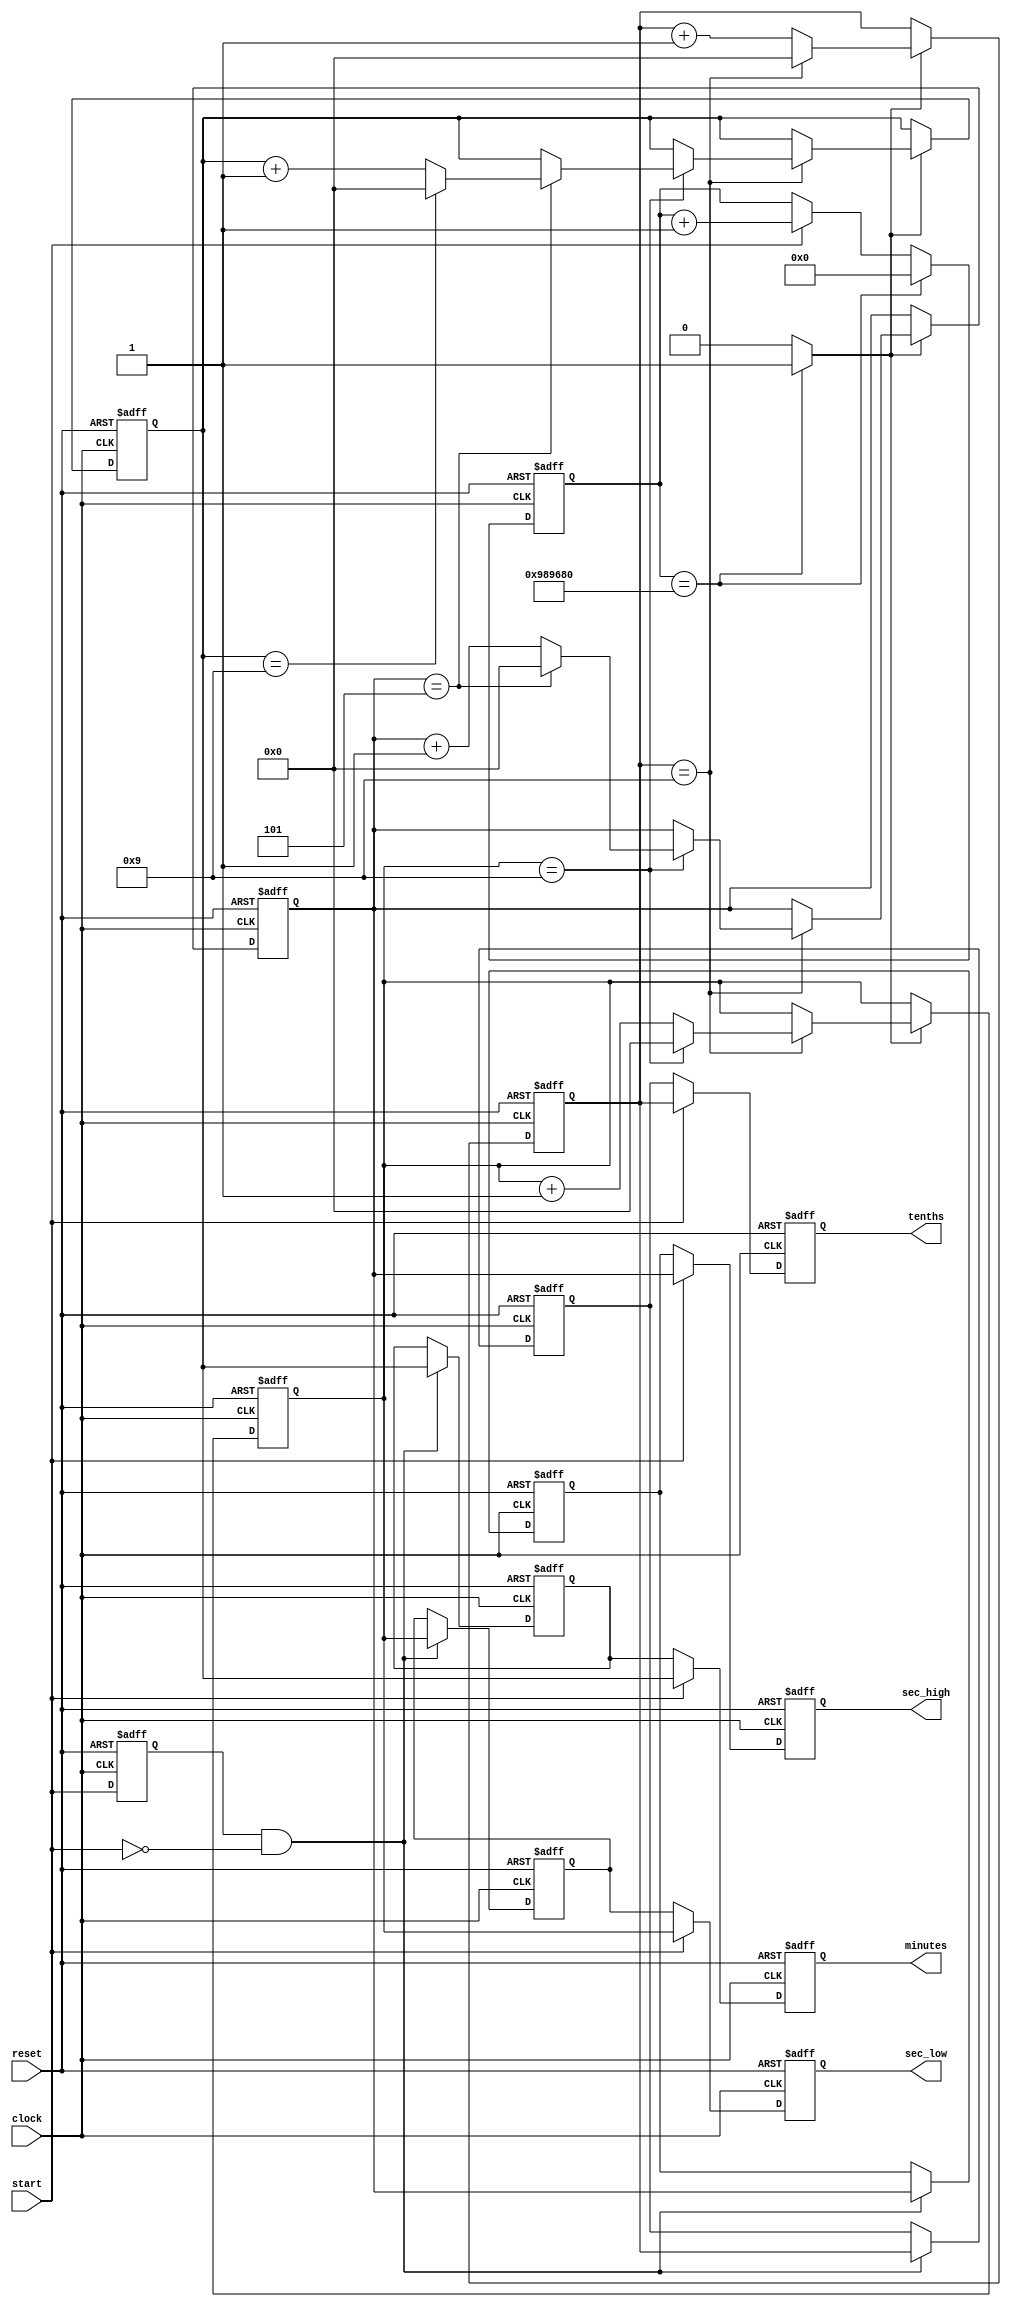
`timescale 1ns / 1ps

//////////////////////////////////////////////////////////////////////////////////
//
// Module Name: Stopwatch
//
// Additional Comments:
// https://simplefpga.blogspot.com/2012/07/to-code-stopwatch-in-verilog.html
//////////////////////////////////////////////////////////////////////////////////

module Stopwatch(
    input clock,
    input reset,
    input start,
    output reg [3:0] minutes, // M
    output reg [3:0] sec_high, // First S
    output reg [3:0] sec_low,  // Second S
    output reg [3:0] tenths    // d
);

reg [3:0] reg_d0, reg_d1, reg_d2, reg_d3; // Registers for individual digits
reg [23:0] ticker; // 24-bit Ticker for 0.1 second intervals
wire click;
reg start_prev;

reg [3:0] latched_minutes, latched_sec_high, latched_sec_low, latched_tenths;

// Detect the negative edge of the start signal
always @(posedge clock or posedge reset) begin
    if (reset) begin
        start_prev <= 1'b0;
    end else begin
        start_prev <= start;
    end
end

// Latch the current time when start signal goes from high to low
always @(posedge clock or posedge reset) begin
    if (reset) begin
        latched_minutes <= 0;
        latched_sec_high <= 0;
        latched_sec_low <= 0;
        latched_tenths <= 0;
    end else if (start_prev && !start) begin
        // Latch the time values
        latched_minutes <= reg_d3;
        latched_sec_high <= reg_d2;
        latched_sec_low <= reg_d1;
        latched_tenths <= reg_d0;
    end
end

// Mod 10M clock to generate a tick every 0.1 second
always @(posedge clock or posedge reset) begin
    if(reset) begin
        ticker <= 0;
    end else if(ticker == 10000000) // (100Mhz = 10000000)
        ticker <= 0;
    else if(start)
        ticker <= ticker + 1;
end

assign click = (ticker == 10000000) ? 1'b1 : 1'b0; // (100Mhz = 10000000)

// Time increment logic
always @(posedge clock or posedge reset) begin
    if (reset) begin
        reg_d0 <= 0;
        reg_d1 <= 0;
        reg_d2 <= 0;
        reg_d3 <= 0;
    end
    else if (click) begin
        if(reg_d0 == 9) begin
            reg_d0 <= 0;
            if (reg_d1 == 9) begin
                reg_d1 <= 0;
                if (reg_d2 == 5) begin
                    reg_d2 <= 0;
                    if(reg_d3 == 9)
                        reg_d3 <= 0;
                    else
                        reg_d3 <= reg_d3 + 1;
                end else
                    reg_d2 <= reg_d2 + 1;
            end else
                reg_d1 <= reg_d1 + 1;
        end else
            reg_d0 <= reg_d0 + 1;
    end
end

always @(posedge clock or posedge reset) begin
    if (reset) begin
        // Reset the outputs to 0
        minutes <= 0;
        sec_high <= 0;
        sec_low <= 0;
        tenths <= 0;
    end else if (!start) begin
        // When start is low, hold the latched values
        minutes <= latched_minutes;
        sec_high <= latched_sec_high;
        sec_low <= latched_sec_low;
        tenths <= latched_tenths;
    end else begin
        // When start is high, continue updating the outputs
        minutes <= reg_d3;
        sec_high <= reg_d2;
        sec_low <= reg_d1;
        tenths <= reg_d0;
    end
end

endmodule